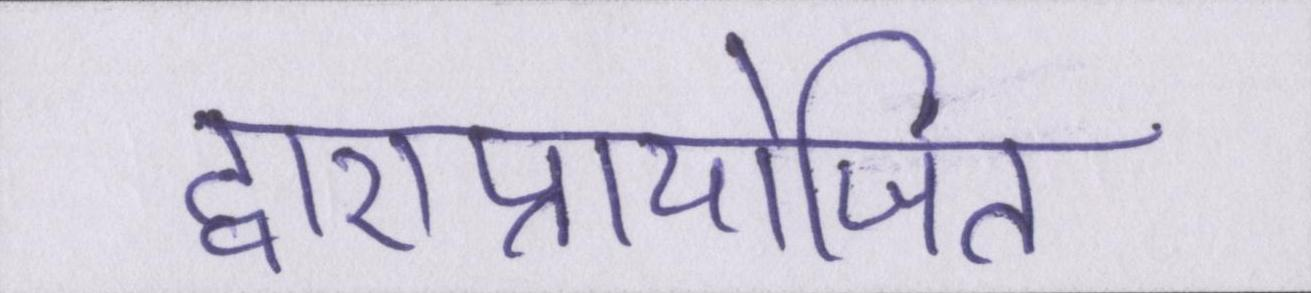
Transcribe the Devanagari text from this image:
द्वाराप्रायोजित